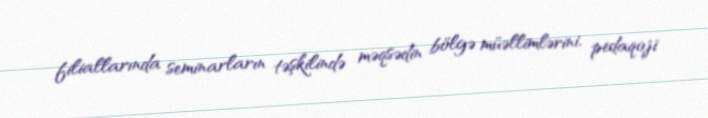
filiallarında seminarların təşkilində məqsədin bölgə müəllimlərini, pedaqoji